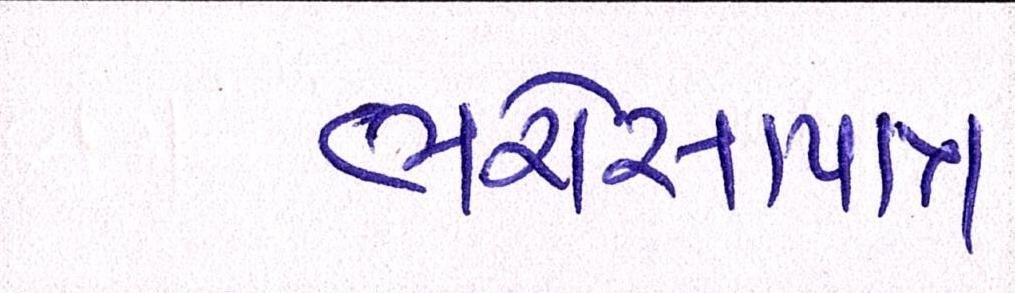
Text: ભરોસાપાત્ર